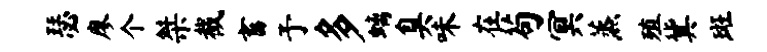
瑟廖个桀截畜予多螭臭味在苟冥蒸殖冀斑